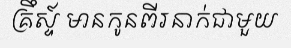
គ្រឹស្ទ៍ មានកូនពីរនាក់ជាមួយ